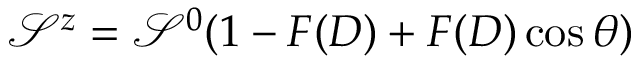
\mathcal { S } ^ { z } = \mathcal { S } ^ { 0 } ( 1 - F ( D ) + F ( D ) \cos \theta )